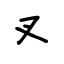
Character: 叉